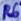
Text: R6